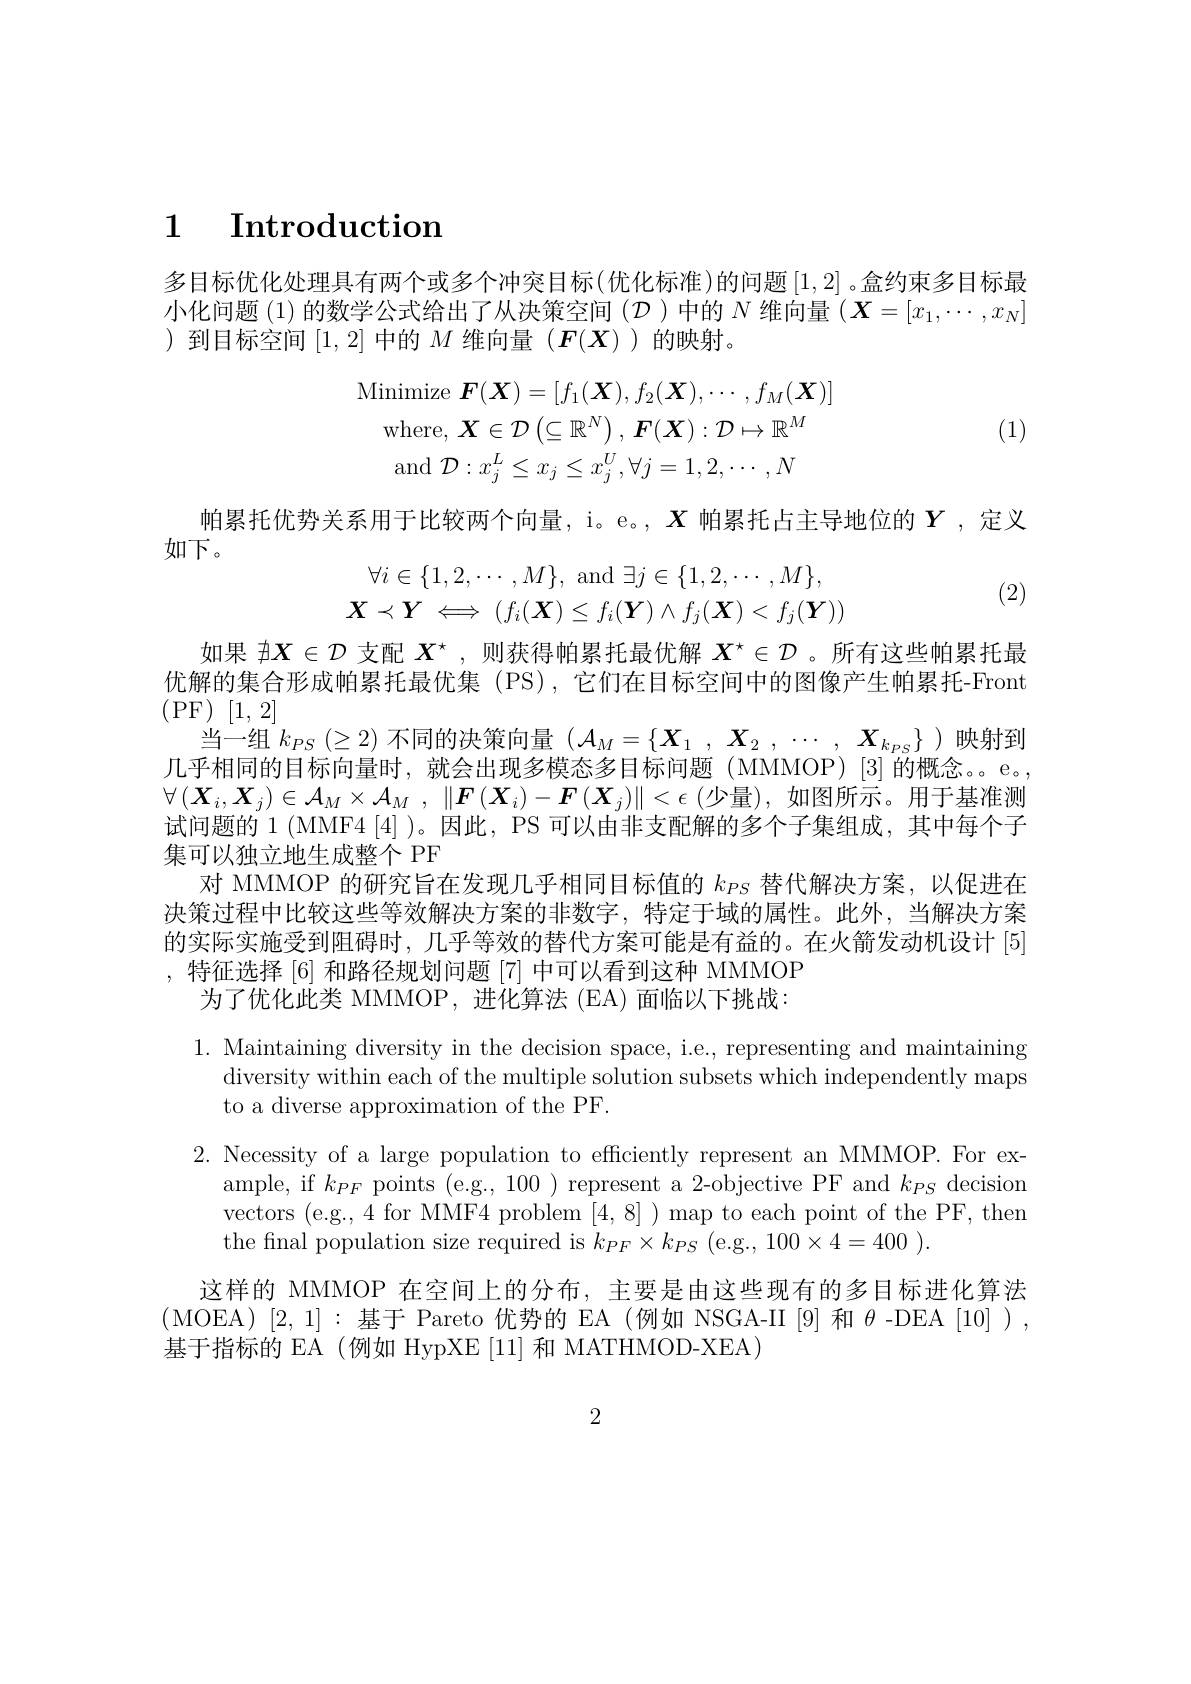
# 1 $\textbf{Introduction}$

多目标优化处理具有两个或多个冲突目标(优化标准)的问题[1,2]。盒约束多目小化问题(1)的数学公式给出了从决策空间($\mathcal{D}$)中的$N$维向量)到目标空间[1,2]中的$M$维向量$(F(X))$的映射。

(1)
$$\mathrm{Minimize}\:\boldsymbol{F}(\boldsymbol{X})=[f_{1}(\boldsymbol{X}),f_{2}(\boldsymbol{X}),\cdots,f_{M}(\boldsymbol{X})]\\\mathrm{where,}\:\boldsymbol{X}\in\mathcal{D}\left(\subseteq\mathbb{R}^{N}\right),\:\boldsymbol{F}(\boldsymbol{X}):\mathcal{D}\mapsto\mathbb{R}^{M}\\\mathrm{and}\:\mathcal{D}:x_{j}^{L}\leq x_{j}\leq x_{j}^{U},\forall j=1,2,\cdots,N$$
(2)

帕累托优势关系用于比较两个向量，i。e。, $X$帕累托占主导地位的$Y$ ,定义
如下。
$$\begin{array}{c}\forall i\in\{1,2,\cdots,M\},\:\mathrm{and}\:\exists j\in\{1,2,\cdots,M\},\\\boldsymbol{X}\prec\boldsymbol{Y}\iff(f_i(\boldsymbol{X})\leq f_i(\boldsymbol{Y})\wedge f_j(\boldsymbol{X})<f_j(\boldsymbol{Y}))\end{array}$$
如果$\nexists\boldsymbol{X}\in\mathcal{D}$支配$X^\star$ ,则获得帕累托最优解$X^\star\in\mathcal{D}$ 。所有这些帕累托最优解的集合形成帕累托最优集 (PS),它们在目标空间中的图像产生帕累托-Front (PF) [1,2]
当一组$k_PS(\geq2)$不同的决策向量$(\mathcal{A}_M=\{\boldsymbol{X}_1,\boldsymbol{X}_2,\cdots,\boldsymbol{X}_{k_{PS}}\}$ )映射到几乎相同的目标向量时，就会出现多模态多目标问题(MMMOP)[3]的概念。e。, $\forall\left(\boldsymbol{X}_{i},\boldsymbol{X}_{j}\right)\in\mathcal{A}_{M}\times\mathcal{A}$ 试问题的 1 (MMF4 [4] )。因此，PS 可以由非支配解的多个子集集可以独立地生成整个 PF
对 MMMOP 的研究旨在发现几乎相同目标值的$k_{PS}$替代解决方案，以促进在决策过程中比较这些等效解决方案的非数字，特定于域的属性。此外，当解决方案的实际实施受到阻碍时，几乎等效的替代方案可能是有益的。在火箭发动机设计 [5] ,特征选择[6]和路径规划问题[7]中可以看到这种 MMMOP
为了优化此类 MMMOP, 进化算法 (EA) 面临以下挑战：
1. Maintaining diversity in the decision space, i.e., representing and maintaining
diversity within each of the multiple solution subsets which independently maps
to a diverse approximation of the PF.
2. Necessity of a large population t
ample, if $k_{PF}$ points (e.g., 100 ) vectors (e.g.,4 for MMF4 problem [4,8])map to each point of the PF, then the final population size required is

这样的 MMMOP 在空间上的分布，主要是由这些现有的多目标进化算法(MOEA)[2,1]:基于Pareto优势的EA(例如 NSGA-II[9]和$\theta$-DEA[10]), 基于指标的 EA (例如 HypXE [11] 和 MATHMOD-XEA)

2